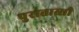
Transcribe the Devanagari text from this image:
पुरातास्सी